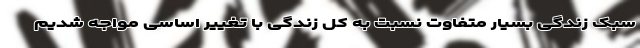
سبک زندگی بسیار متفاوت نسبت به کل زندگی با تغییر اساسی مواجه شدیم